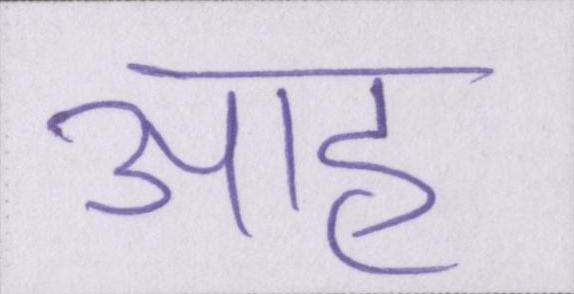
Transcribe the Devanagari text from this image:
आह